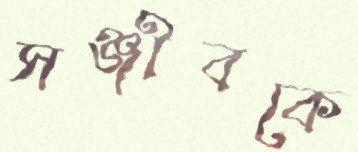
সঞ্জীবকে